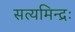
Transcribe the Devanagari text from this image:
सत्यमिन्द्रः